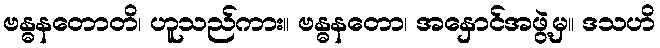
ဗန္ဓနတောတိ၊ ဟူသည်ကား။ ဗန္ဓနတော၊ အနှောင်အဖွဲ့မှ။ ဒသဟိ